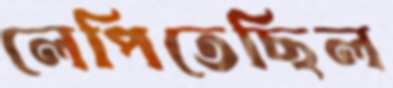
লেপিতেছিল